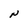
Character: N